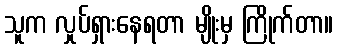
သူက လှုပ်ရှားနေရတာ မျိုးမှ ကြိုက်တာ။